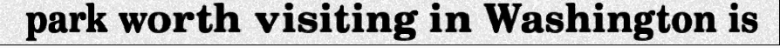
park worth visiting in Washington is